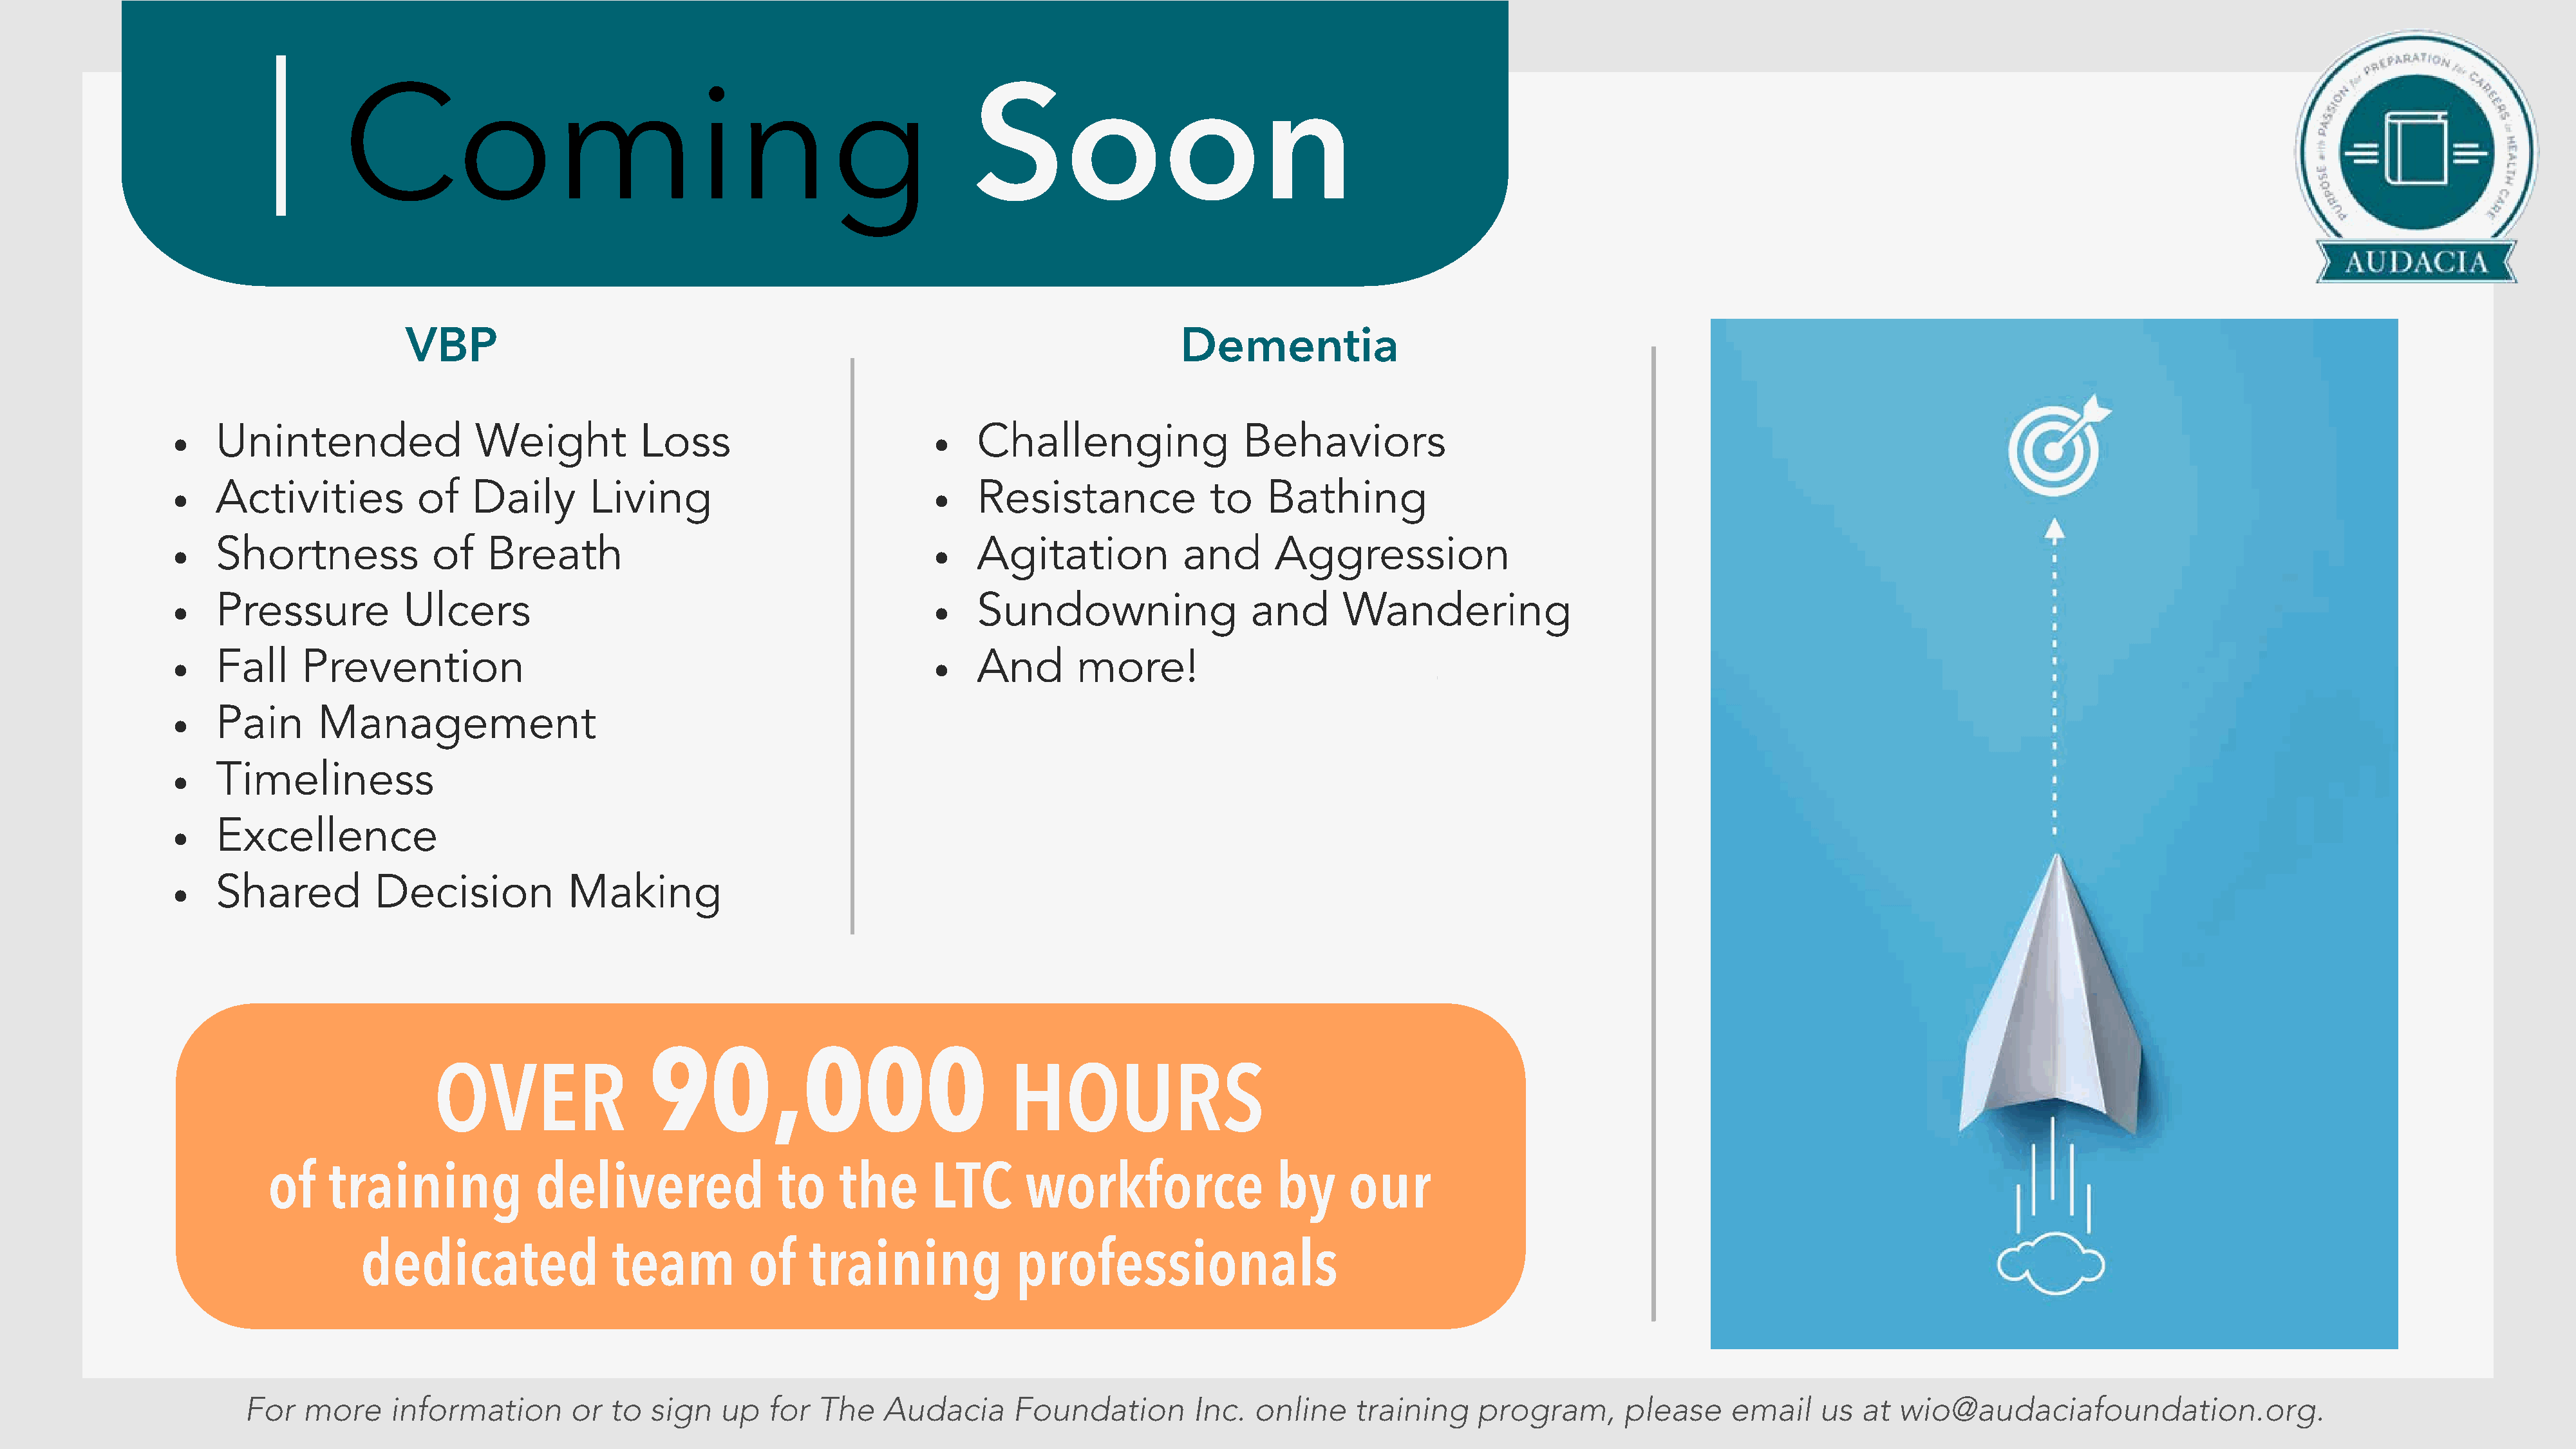
Coming
 Soon
 VBP                                                                            Dementia
 Unintended                 Weight           Loss                              Challenging                 Behaviors
 •                                                                             •
 Activities           of   Daily        Living                                 Resistance              to    Bathing
 •                                                                             •
 Shortness             of    Breath                                            Agitation             and      Aggression
 •                                                                             •
 Pressure           Ulcers                                                     Sundowning                   and      Wandering
 •                                                                             •
 Fall     Prevention                                                           And        more!
 •                                                                             •
 Pain       Management
 •
 Timeliness
 •
 Excellence
 •
 Shared           Decision           Making
 •
 90,000
 OVER                                                       HOURS
 of    training             delivered                to    the       LTC      workforce                 by      our
 dedicated                 team          of    training             professionals
 For   more     information        or  to  sign   up   for  The    Audacia      Foundation         Inc.  online    training     program,       please     email    us  at  wio@audaciafoundation.org.